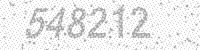
Solution: 548212